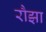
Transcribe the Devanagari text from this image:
रौझा